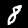
Label: 8